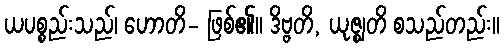
ယပစ္စည်းသည်၊ ဟောတိ- ဖြစ်၏။ ဒိဗ္ဗတိ, ယုဇ္ဈတိ စသည်တည်း။